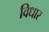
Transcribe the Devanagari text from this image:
विधार